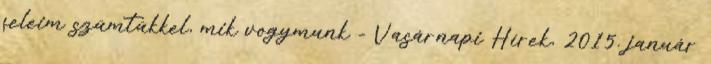
feleim szümtükkel, mik vogymunk - Vasárnapi Hírek, 2015. január